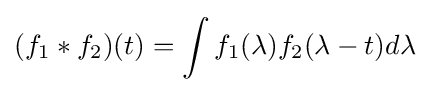
(f_{1}*f_{2})(t)=\int f_{1}(\lambda )f_{2}(\lambda -t)d\lambda